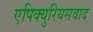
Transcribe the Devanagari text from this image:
एपिक्युरियसवाद